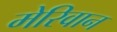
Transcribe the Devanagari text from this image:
मेरिवान